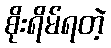
စိုးရိမ်ရတဲ့